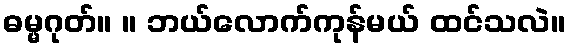
ဓမ္မဂုတ်။ ။ ဘယ်လောက်ကုန်မယ် ထင်သလဲ။